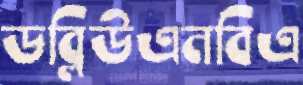
ডব্লিউএনবিএ